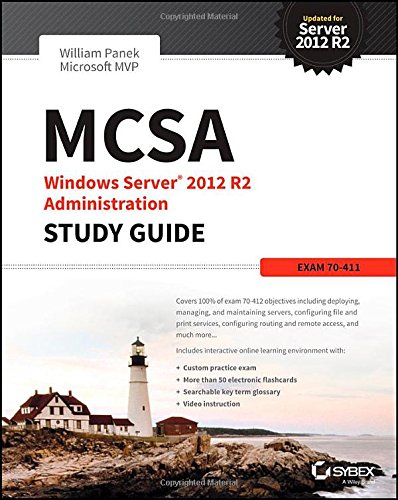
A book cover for MCSA Windows Server 2012 R2 Administration Study Guide: Exam 70-411; William Panek; Computers & Technology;